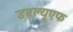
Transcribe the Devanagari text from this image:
डबल्यूएफ